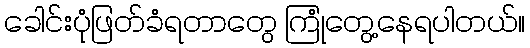
ခေါင်းပုံဖြတ်ခံရတာတွေ ကြုံတွေ့နေရပါတယ်။